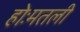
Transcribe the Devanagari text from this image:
होःमतली